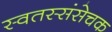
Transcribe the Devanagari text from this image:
स्वतस्संसेचक